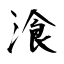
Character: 湌